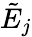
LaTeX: \tilde{E}_{j}